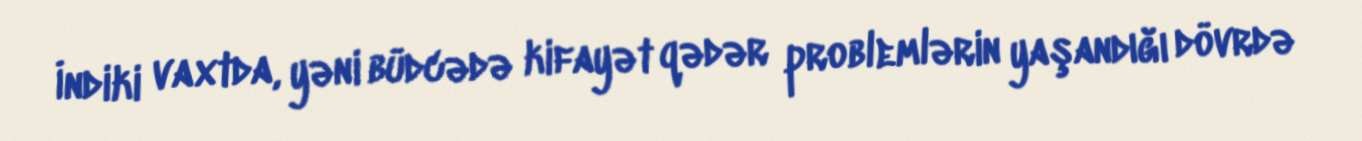
İndiki vaxtda, yəni büdcədə kifayət qədər problemlərin yaşandığı dövrdə